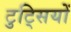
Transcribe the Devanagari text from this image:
टुट्सियों